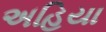
અહિયા